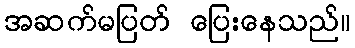
အဆက်မပြတ် ပြေးနေသည်။